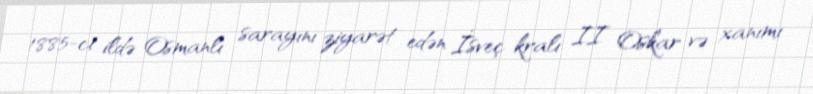
1885-ci ildə Osmanlı sarayını ziyarət edən İsveç kralı II Oskar və xanımı